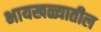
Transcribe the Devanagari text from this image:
भायखळ्यातील